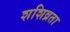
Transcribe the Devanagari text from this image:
शशिव्रता